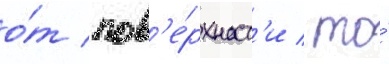
о́т пов'е́рхност'и / то́